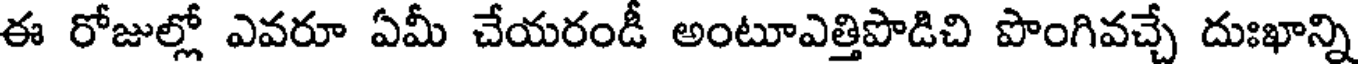
ఈ రోజుల్లో ఎవరూ ఏమీ చేయరండీ అంటూఎత్తిపొడిచి పొంగివచ్చే దుఃఖాన్ని